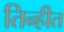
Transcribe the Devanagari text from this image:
तिन्हीत